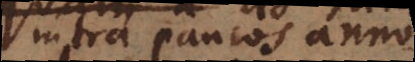
intra paucos annos